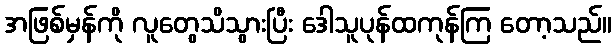
အဖြစ်မှန်ကို လူတွေသိသွားပြီး ဒေါသူပုန်ထကုန်ကြ တော့သည်။